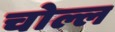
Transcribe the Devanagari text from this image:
चोल्ल